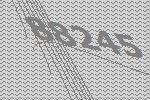
88245